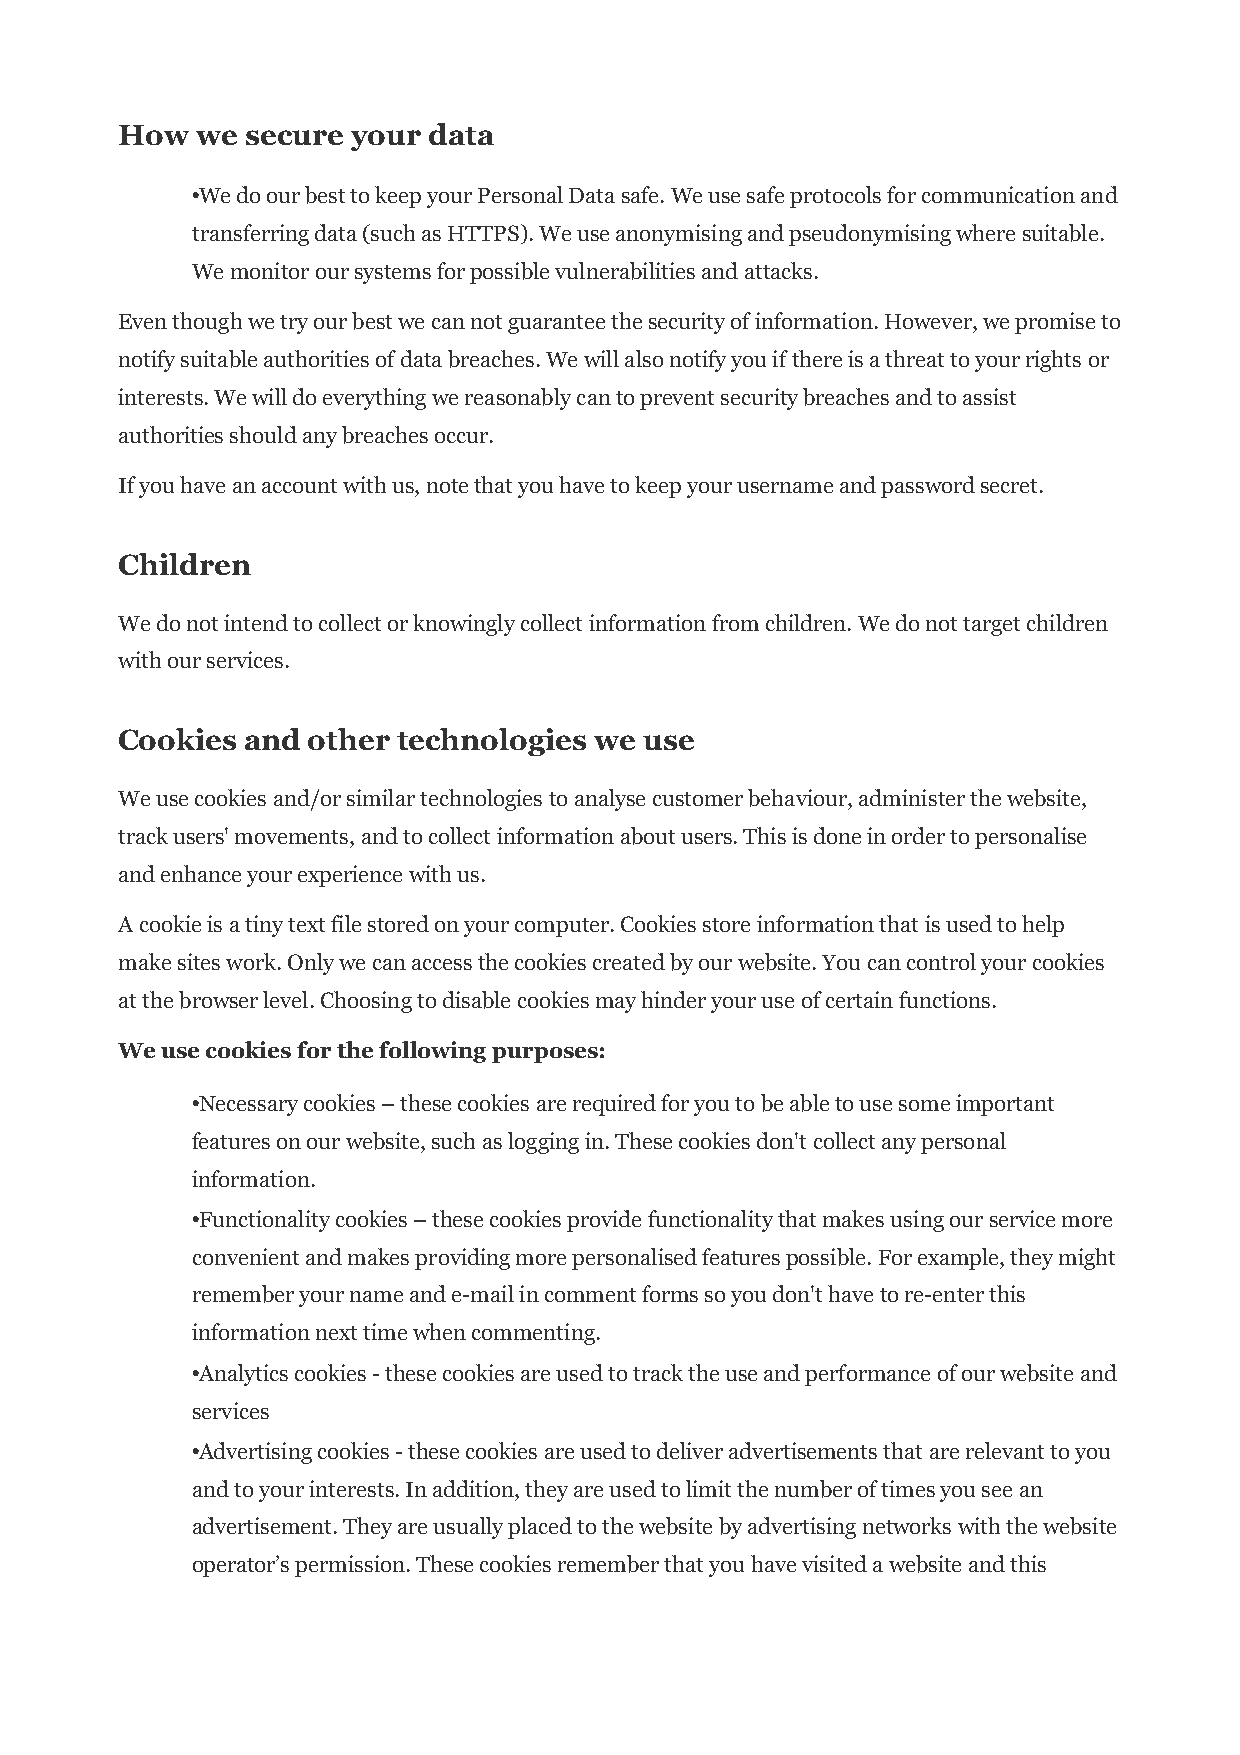
How  we secure your data
 •We do our best to keep your Personal Data safe. We use safe protocols for communication and
 transferring data (such as HTTPS). We use anonymising and pseudonymising where suitable.
 We monitor our systems for possible vulnerabilities and attacks.
 Even though we try our best we can not guarantee the security of information. However, we promise to
 notify suitable authorities of data breaches. We will also notify you if there is a threat to your rights or
 interests. We will do everything we reasonably can to prevent security breaches and to assist
 authorities should any breaches occur.
 If you have an account with us, note that you have to keep your username and password secret.
 Children
 We do not intend to collect or knowingly collect information from children. We do not target children
 with our services.
 Cookies and other technologies we  use
 We use cookies and/or similar technologies to analyse customer behaviour, administer the website,
 track users' movements, and to collect information about users. This is done in order to personalise
 and enhance your experience with us.
 A cookie is a tiny text file stored on your computer. Cookies store information that is used to help
 make sites work. Only we can access the cookies created by our website. You can control your cookies
 at the browser level. Choosing to disable cookies may hinder your use of certain functions.
 We use cookies for the following purposes:
 •Necessary cookies – these cookies are required for you to be able to use some important
 features on our website, such as logging in. These cookies don't collect any personal
 information.
 •Functionality cookies – these cookies provide functionality that makes using our service more
 convenient and makes providing more personalised features possible. For example, they might
 remember your name and e-mail in comment forms so you don't have to re-enter this
 information next time when commenting.
 •Analytics cookies - these cookies are used to track the use and performance of our website and
 services
 •Advertising cookies - these cookies are used to deliver advertisements that are relevant to you
 and to your interests. In addition, they are used to limit the number of times you see an
 advertisement. They are usually placed to the website by advertising networks with the website
 operator’s permission. These cookies remember that you have visited a website and this